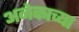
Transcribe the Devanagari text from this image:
अनेकाच्या